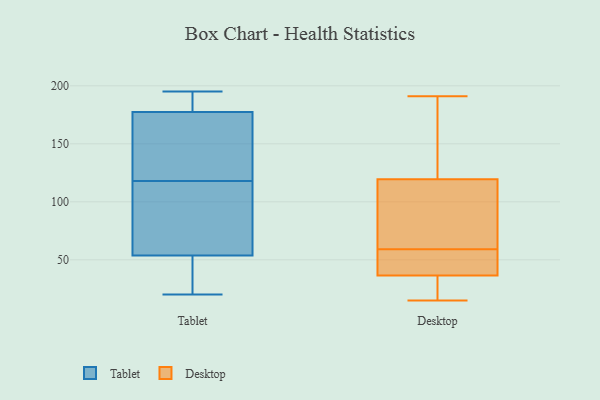
{"axis": {"x": "Headcount", "y": "Value"}, "legend": ["Desktop", "Tablet"], "data": [{"x": "", "y": 49, "type": "Tablet"}, {"x": "", "y": 26, "type": "Tablet"}, {"x": "", "y": 183, "type": "Tablet"}, {"x": "", "y": 181, "type": "Tablet"}, {"x": "", "y": 38, "type": "Tablet"}, {"x": "", "y": 141, "type": "Tablet"}, {"x": "", "y": 139, "type": "Tablet"}, {"x": "", "y": 176, "type": "Tablet"}, {"x": "", "y": 56, "type": "Tablet"}, {"x": "", "y": 53, "type": "Tablet"}, {"x": "", "y": 133, "type": "Tablet"}, {"x": "", "y": 178, "type": "Tablet"}, {"x": "", "y": 195, "type": "Tablet"}, {"x": "", "y": 61, "type": "Tablet"}, {"x": "", "y": 184, "type": "Tablet"}, {"x": "", "y": 118, "type": "Tablet"}, {"x": "", "y": 20, "type": "Tablet"}, {"x": "", "y": 62, "type": "Tablet"}, {"x": "", "y": 106, "type": "Tablet"}, {"x": "", "y": 94, "type": "Desktop"}, {"x": "", "y": 17, "type": "Desktop"}, {"x": "", "y": 191, "type": "Desktop"}, {"x": "", "y": 67, "type": "Desktop"}, {"x": "", "y": 15, "type": "Desktop"}, {"x": "", "y": 145, "type": "Desktop"}, {"x": "", "y": 54, "type": "Desktop"}, {"x": "", "y": 64, "type": "Desktop"}, {"x": "", "y": 34, "type": "Desktop"}, {"x": "", "y": 147, "type": "Desktop"}, {"x": "", "y": 39, "type": "Desktop"}, {"x": "", "y": 54, "type": "Desktop"}]}